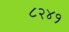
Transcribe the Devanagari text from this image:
८२४१